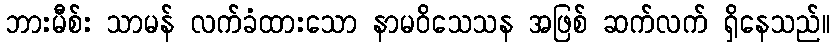
ဘားမီစ်း သာမန် လက်ခံထားသော နာမဝိသေသန အဖြစ် ဆက်လက် ရှိနေသည်။